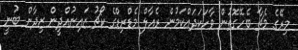
މިރޭގެ މެޗާ ބެހޭގޮތުން ވާހަކަދައްކަމުން ރެއާލް މެޑްރިޑްގެ ކޯޗު ޒައިނުއްދީން ޒިދާން ބުނީ